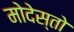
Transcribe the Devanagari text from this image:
मोदेस्तो